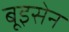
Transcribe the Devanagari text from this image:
बूइसेन